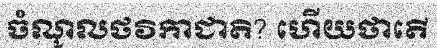
ចំណូលថវិកាជាតិ? ហើយថាតើ